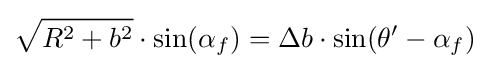
{\sqrt {R^{2}+b^{2}}}\cdot \sin(\alpha _{f})=\Delta b\cdot \sin(\theta '-\alpha _{f})